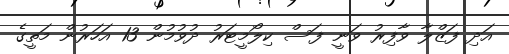
އަދި ފަޒްލާ ވާފިރު ވަނީ ފަސް ކިލޯމީޓަރު ދުވުމުން 13 އަހަރުން މަތީގެ